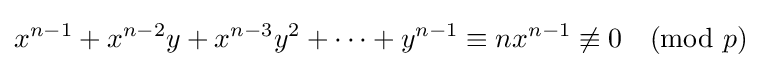
x^{n-1}+x^{n-2}y+x^{n-3}y^{2}+\dots +y^{n-1}\equiv nx^{n-1}\not \equiv 0{\pmod {p}}